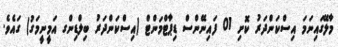
މާލޭގައިނަމަ އިސްކަންދަރު ކޮށި 01 ފައިނޭންސް ޑިޕާޓްމަންޓް (އިސްކަންދަރު ބިލްޑިންގ އަމީނީމަގު) ގައެވެ.